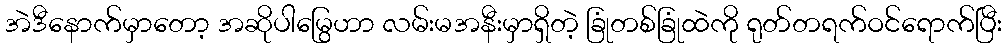
အဲဒီနောက်မှာတော့ အဆိုပါမြွေဟာ လမ်းမအနီးမှာရှိတဲ့ ခြုံတစ်ခြုံထဲကို ရုတ်တရက်ဝင်ရောက်ပြီး